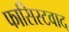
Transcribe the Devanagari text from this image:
फासिस्टवाद